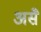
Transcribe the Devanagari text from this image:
असॆे